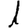
Digit: 1